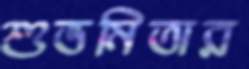
শুভমিতার